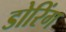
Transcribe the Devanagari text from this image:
डोरिंग